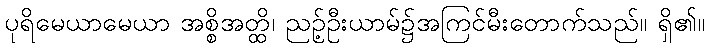
ပုရိမေယာမေယာ အစ္စိအတ္ထိ၊ ညဉ့်ဦးယာမ်၌အကြင်မီးတောက်သည်။ ရှိ၏။